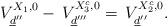
LaTeX: \begin{align*}\,V_{\underline{d}''}^{X_1,0}-\,V_{\underline{d}'''}^{X_{3}^{c},0}=\,V_{\underline{d}''}^{X_{2}^{c},0}.\end{align*}